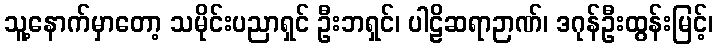
သူ့နောက်မှာတော့ သမိုင်းပညာရှင် ဦးဘရှင်၊ ပါဠိဆရာဉာဏ်၊ ဒဂုန်ဦးထွန်းမြင့်၊